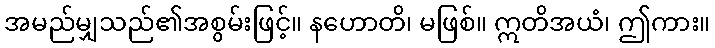
အမည်မျှသည်၏အစွမ်းဖြင့်။ နဟောတိ၊ မဖြစ်။ ဣတိအယံ၊ ဤကား။